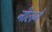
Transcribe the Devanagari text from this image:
नीलने